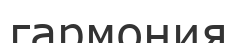
гармония